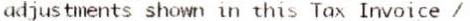
ADJUSTMENTS SHOWN IN THIS TAX INVOICE /